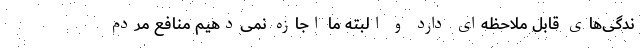
ندگی‌های قابل ملاحظه‌ای دارد و البته ما اجازه نمی‌دهیم منافع مردم